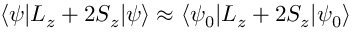
\langle \psi | L _ { z } + 2 S _ { z } | \psi \rangle \approx \langle \psi _ { 0 } | L _ { z } + 2 S _ { z } | \psi _ { 0 } \rangle